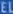
HERE